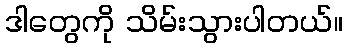
ဒါတွေကို သိမ်းသွားပါတယ်။